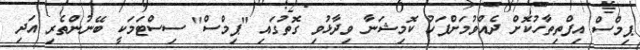
ޕިމްސް އިފްތިތާހުކޮށް ދެއްވުމަށްފަހު ކޮމިޝަނާ ވިދާޅުވި ގޮތުގައި "ޕިމްސް" ސިސްޓަމަކީ ބޭނުންތެރި އަދި